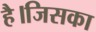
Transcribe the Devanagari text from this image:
है।जिसका